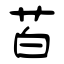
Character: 苩